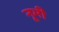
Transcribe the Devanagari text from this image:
नूमी